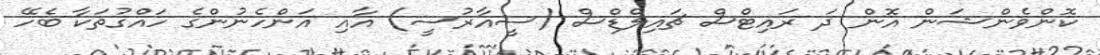
ކޮންވެންޝަން އޮން ދަ ރައިޓްސް ޗައިލްޑްސް (ސީއާރުސީ) އާއި އަންހެނުންގެ ހައްގުތަކާ ބެހޭ